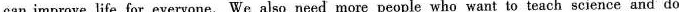
can improve life for everyone. We also need more people who want to teach science and do